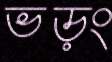
ভড়ং